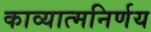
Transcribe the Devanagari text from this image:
काव्यात्मनिर्णय